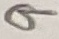
Text: 9